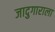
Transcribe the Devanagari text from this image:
जादुगाराला